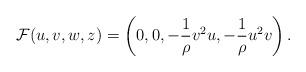
LaTeX: \begin{align*}\mathcal{F}(u,v, w, z) = \left(0, 0, -\frac{1}{\rho}v^2u, -\frac{1}{\rho}u^2v\right).\end{align*}